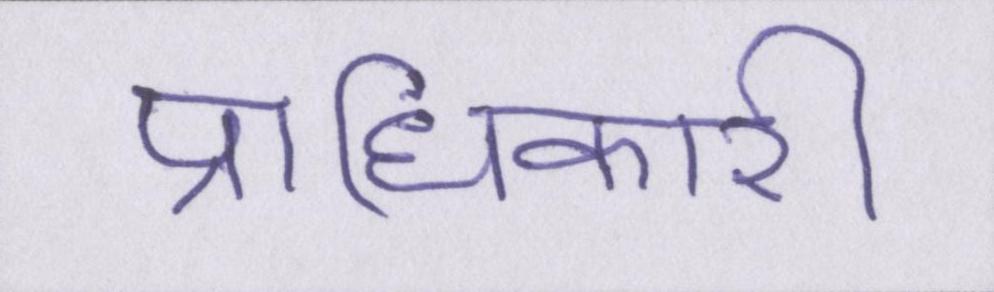
प्राधिकारी